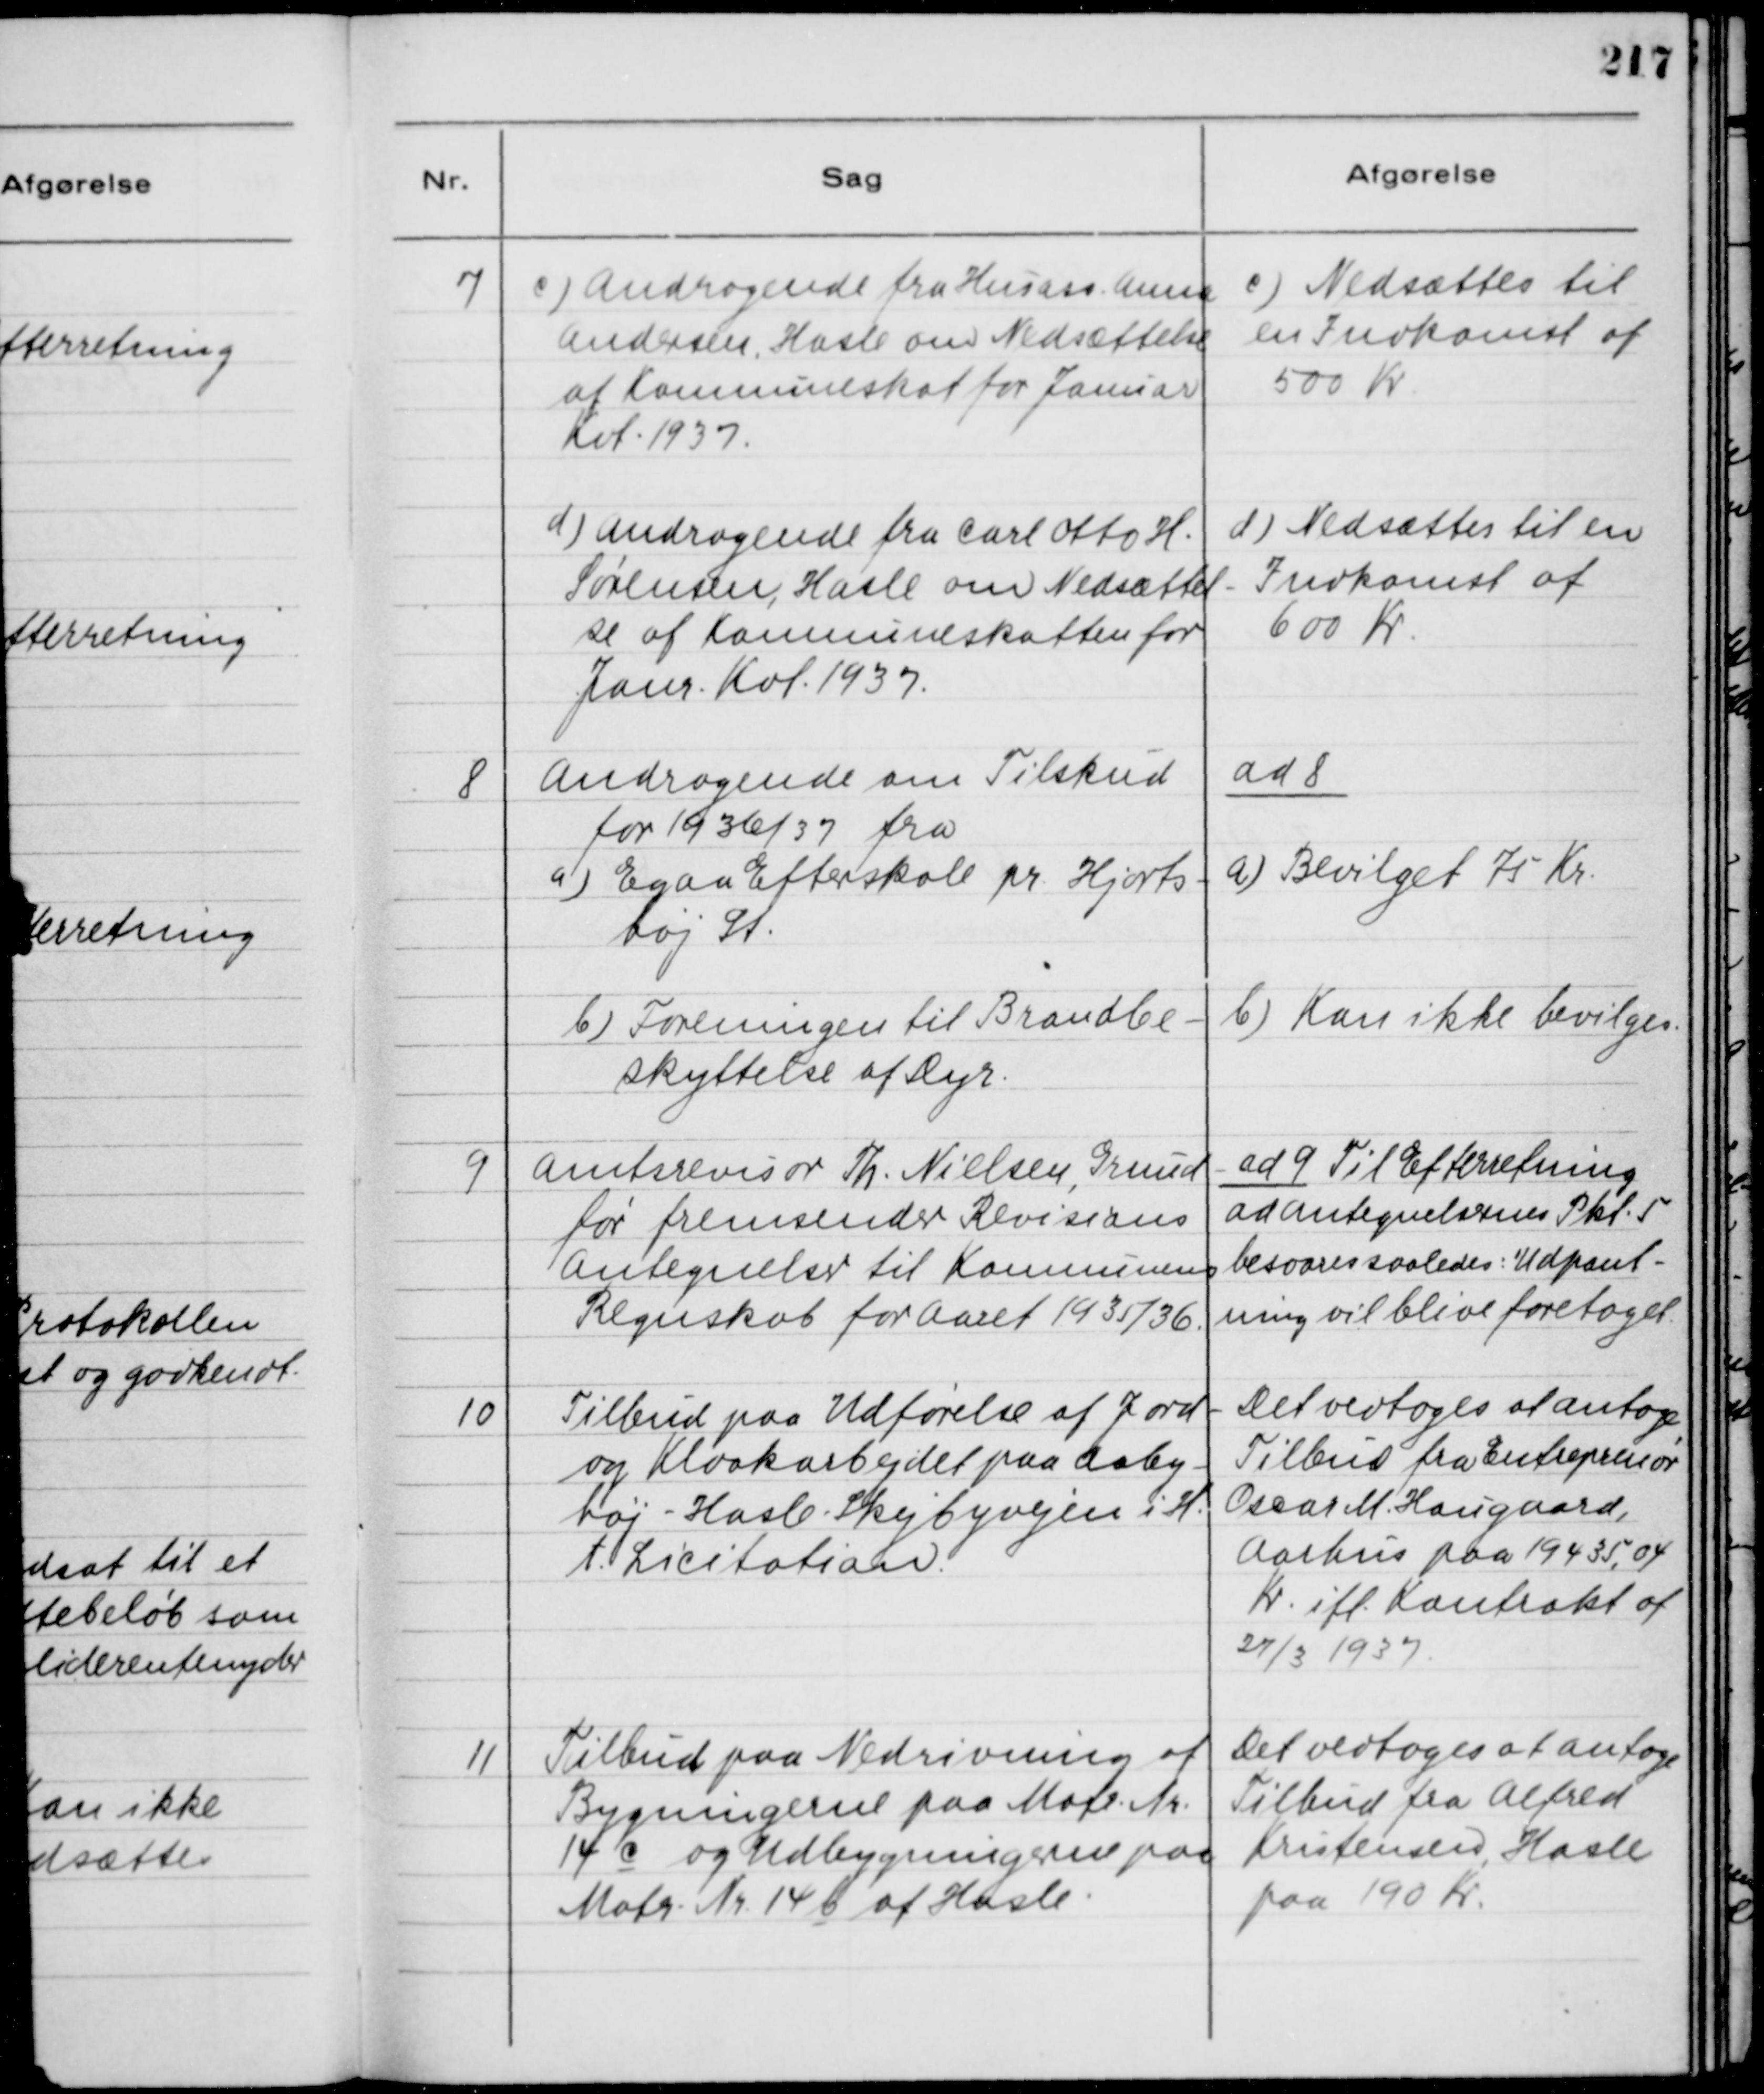
Transskription:
7
c) Andragende fra Husaas. Anna
Andersen, Hasle om Nedsættelse.
af Kommuneskat for Januar
Kvt. 1937.
d) Andragende fra Carl Otto H.
Sørensen, Hasle om Nedsættel-
se af Kommuneskatten for
Janr. Kvt. 1937.
c) Nedsættes til
en Indkomst af
500 Kr.
d) Nedsættes til en
Indkomst af
600 Kr.

8
Andragende om Tilskud
for 1936/37 fra
a) Egaa Efterskole pr. Hjorts-
høj St.
b) Foreningen til Brandbe-
skyttelse af Dyr.

ad 8
a) Bevilget 75 Kr.
b) Kan ikke bevilges.

9
Amtsrevisor Th. Nielsen, Grund-
før fremsender Revisions
Antegnelser til Kommunens
Regnskab for Aaret 1935/36.

ad 9 Til Efterretning.
ad Antegnelsernes Pkt. 5
besvares saaledes: Udpant-
ning vil blive foretaget.

10
Tilbud paa Udførelse af Jord-
og Kloakarbejdet paa Aaby-
høj - Hasle - Skejbyvejen i H.
t. Licitation.

Det vedtoges at antage,
Tilbud fra Entrepenør
Oscar M. Haugaard,
Aarhus paa 19435,04
Kr. ifl. Kontrakt af
27/3 1937.

11
Tilbud paa Nedrivning af
Bygningerne paa Matr. Nr.
14 c og Udbygningerne paa
Matr. Nr. 14 b af Hasle.

Det vedtoges at antage
Tilbud fra Alfred
Kristensen, Hasle
paa 190 kr.